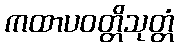
ကထာပဝတ္တိသုတ္တံ